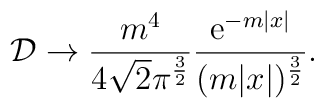
{\cal D}\to\frac{m^4}{4\sqrt{2}\pi^{\frac32}}\frac{{\rm e}^{-m|x|}}{(m|x|)^{\frac32}}.